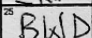
Transcription: BWD